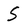
Character: S